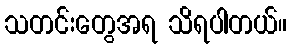
သတင်းတွေအရ သိရပါတယ်။